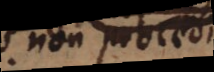
non potest